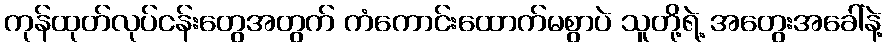
ကုန်ထုတ်လုပ်ငန်းတွေအတွက် ကံကောင်းထောက်မစွာပဲ သူတို့ရဲ့ အတွေးအခေါ်နဲ့